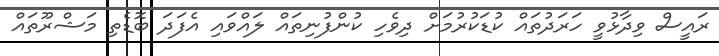
ރައީސް ވިދާޅުވީ ހަރަދުތައް ކުޑަކުރުމަށް ދިވެހި ކުންފުނިތައް ލައްވައި އެފަދަ ބޮޑެތި މަޝްރޫތައް